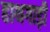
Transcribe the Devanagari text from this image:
हाथगाड़ी